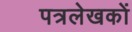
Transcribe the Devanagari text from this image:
पत्रलेखकों